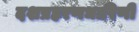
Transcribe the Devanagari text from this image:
दशप्रहरणधारिणी